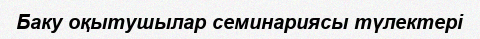
Баку оқытушылар семинариясы түлектері